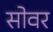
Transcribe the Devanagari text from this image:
सोवर